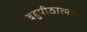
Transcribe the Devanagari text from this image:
बहुपीठात्मक